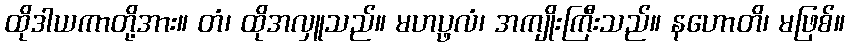
ထိုဒါယကာတို့အား။ တံ၊ ထိုအလှူသည်။ မဟပ္ဖလံ၊ အကျိုးကြီးသည်။ နဟောတိ၊ မဖြစ်။